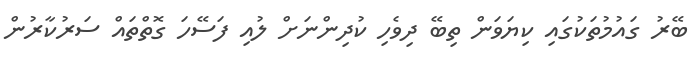
ބޭރު ގައުމުތަކުގައި ކިޔަވަން ތިބޭ ދިވެހި ކުދިންނަށް ލުއި ފަސޭހަ ގޮތްތައް ސަރުކާރުން